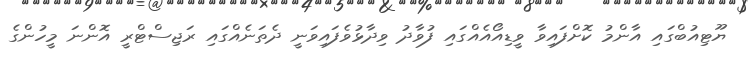
ޔޫޓިއުބްގައި އާންމު ކޮށްފައިވާ ވީޑިއޯއެއްގައި ފުވާދު ވިދާޅުވެފައިވަނީ ދެތަނެއްގައި ރަޖިސްޓްރީ އޮންނަ މީހުންގެ